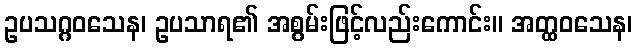
ဥပသဂ္ဂဝသေန၊ ဥပသာရ၏ အစွမ်းဖြင့်လည်းကောင်း။ အတ္ထဝသေန၊